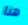
هنا